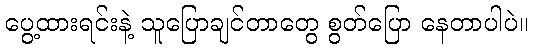
ပွေ့ထားရင်းနဲ့ သူပြောချင်တာတွေ စွတ်ပြော နေတာပါပဲ။